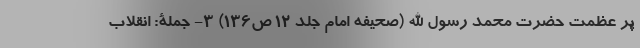
پر عظمت حضرت محمد رسول الله (صحیفه امام جلد ۱۲ ص۱۳۶) ۳- جملۀ: انقلاب